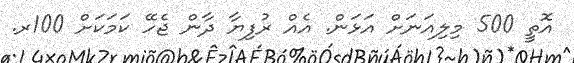
އޮތީ 500 މިލިއަނަށް އަޅަން. އެއް ރުފިޔާ ދާން ޖެހޭ ކަމަކަށް 100ރ.